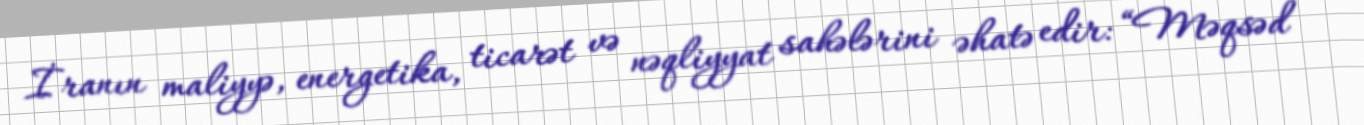
İranın maliyyə, energetika, ticarət və nəqliyyat sahələrini əhatə edir: “Məqsəd